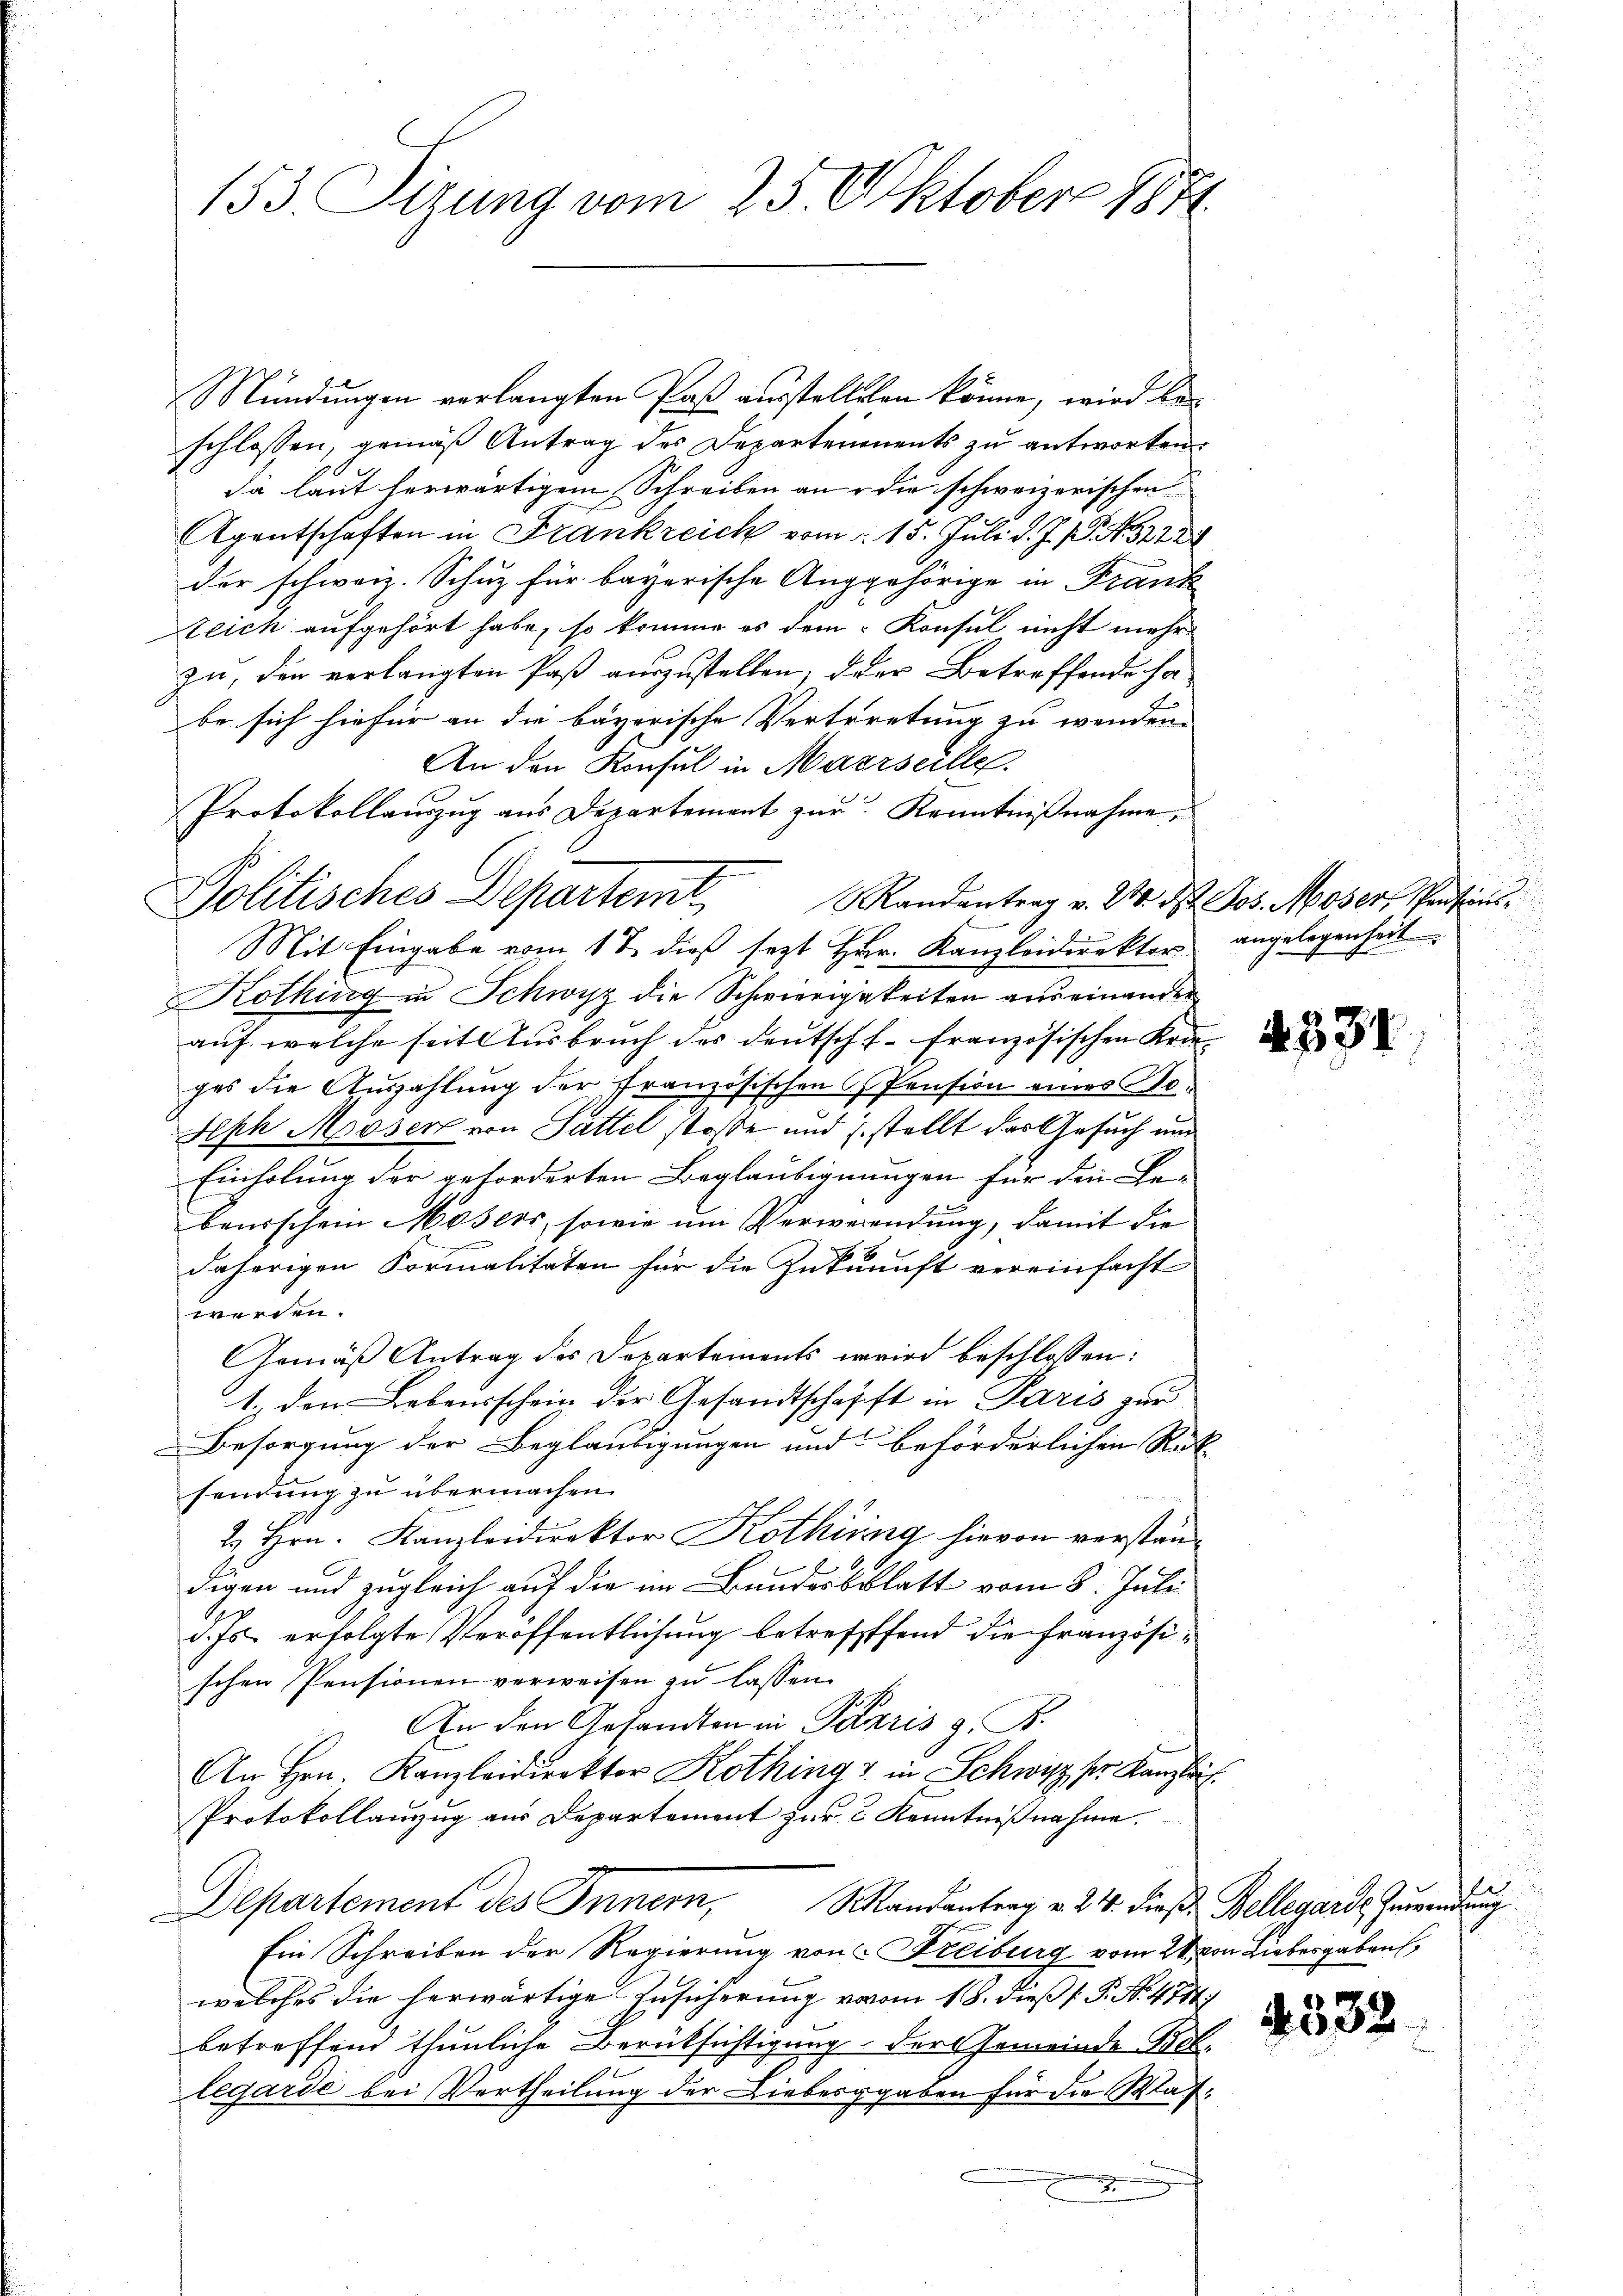
153. Sizung vom 25. Oktober 1871.

Mündungen verlangten Paß ausstelleten könne, wird beschlossen, gemäß Antrag des Departements zu antworten.
da laut herwärtigem Schreiben an die schweizerischen
Agentschaften in Frankreich vom 1. 15. Juli d. J. P. Nr. 22 23
der schweiz. Schutz für bayerische Angehörige in Frank
teich aufgehört habe, so komme es dem Konsul nicht mehr
zu, den verlangten Paß auszustellen, oder Betreffende habe sich hiefür an die bayerische Vertretung zu wenden.
An den Konsul in Marseille.
Mandantrag v. 24. d. Jos. Moser, Pensions¬
Mit Eingabe vom 17. dieß sezt Hr. Kanzleidirektor
Kothing in Schwyz die Schwierigkeiten aus einander
auf, welche seit Ausbruch des deutsch f. französischen Krieges die Auszahlung der französischen Pension eines Bo¬
Seph Moser von Sattel stosse und J. stellt das Gesuch und
Einholung der geforderten Beglaubignungen für die Be-
baurschein Mosers, sowie um Verwesendung, damit die
daherigen Formalitäten für die Zukunft vereinfacht
werden.
Gemäß Antrag des Departements wird beschlossen:
1.) den Lebensschein der Gesandtschafft in Paris zur
Besorgung der Beglaubigungen und beförderlichen Rek
sendung zu übermachen.
2. Hrn. Kanzleidirektor Kothing hievon verständigen und zugleich auf die im Bundesblatt vom 8. Juli
d. Js. erfolgte Veröffentlichung betreffffend die Französischen Pensionen verweisen zu lassen
In den Gesandten in Paaris z. B.
An Hrn. Kanzleidirektor Kothing & in Schwyz ser Kanzlei
Protokollanzug aus Departement zur 2 Kenntnißnahme.
Departement des Innern, Mandantrag v. 24. diese Bellegards Zuwendung
Ein Schreiben der Regierung von Freiburg vom 28. von Liebergaben,
welches die herwärtige Zusicherung vom 18. dieß P. No. 4744;
betreffend thunliche Berüksichtigung der Gemeinde Be-
legarde bei Vertheilung der Liebesgaben für die Wafx

Protokollauszug aus Departement zur Kenntnißnahme,
Politisches Departemt,

.
angelegenheit

4331

n
4532